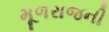
મૂળરાજની